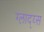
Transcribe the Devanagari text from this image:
ग्लाद्य्स